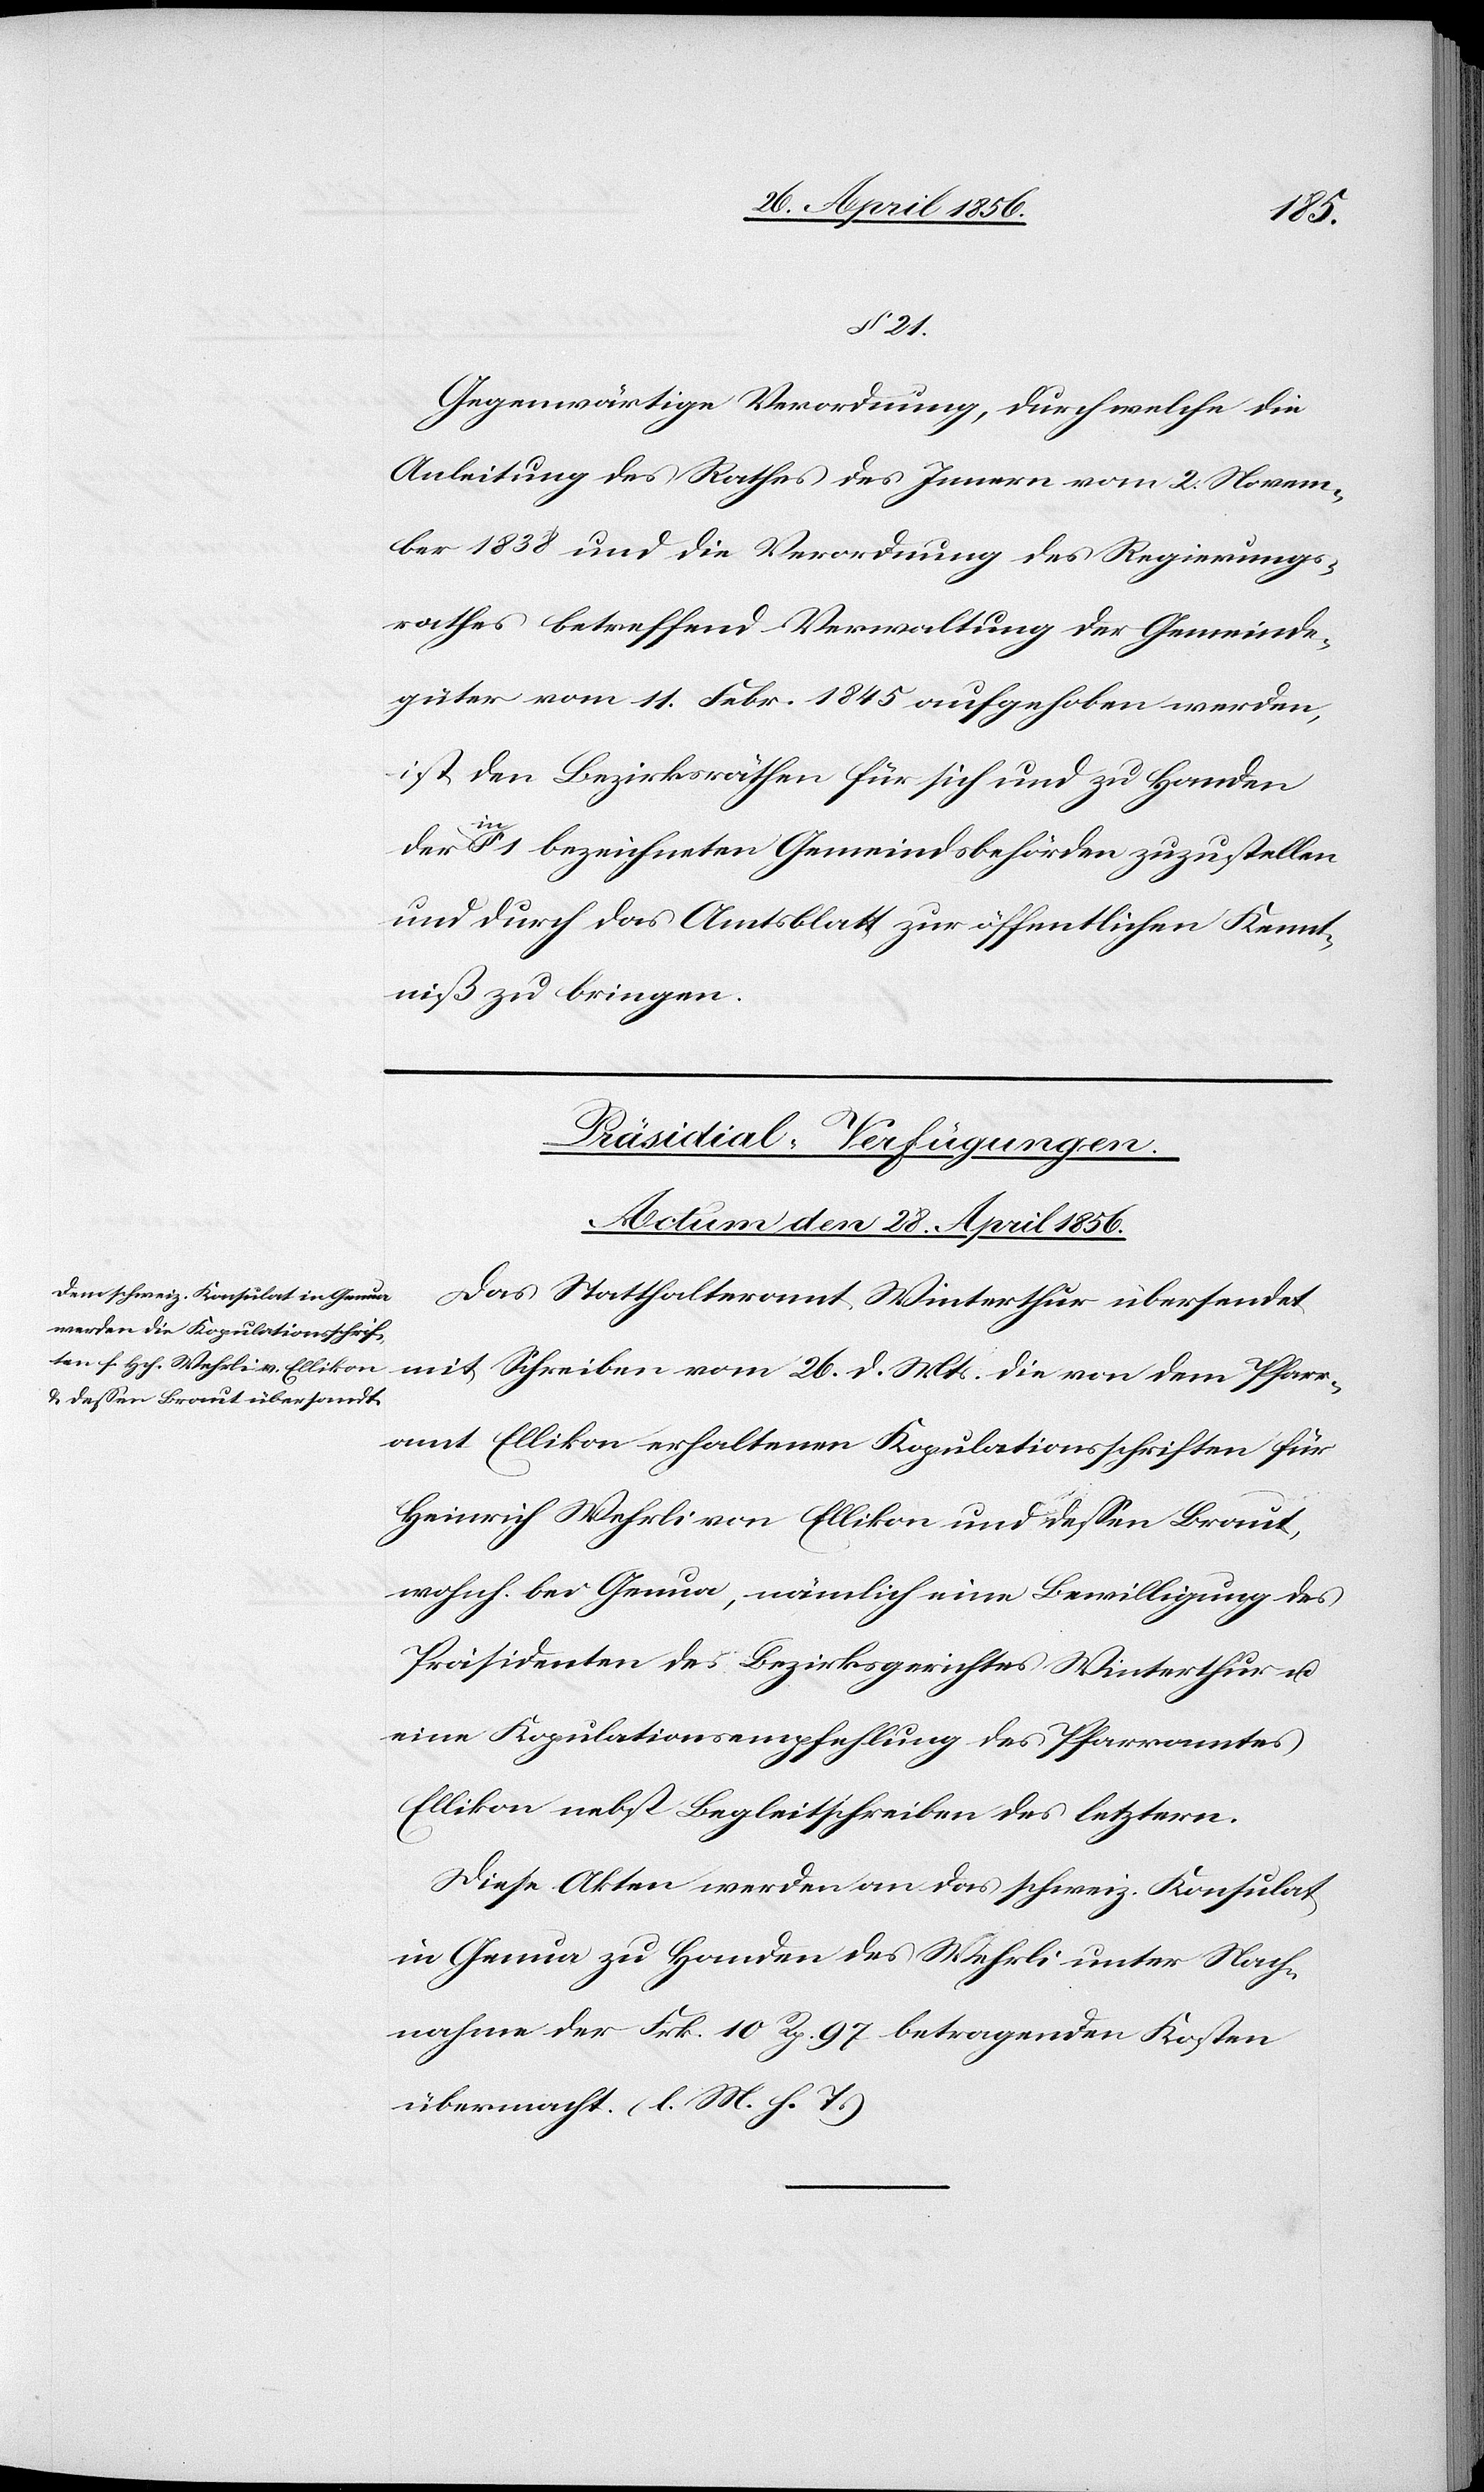
§ 21.
Gegenwärtige Verordnung, durch welche die
Anleitung des Rathes des Innern vom 2. Novem¬
ber 1838 und die Verordnung des Regierungs¬
rathes betreffend Verwaltung der Gemeinde¬
güter vom 11. Febr. 1845 aufgehoben werden,
ist den Bezirksräthen für sich und zu Handen
der
§ 1 bezeichneten Gemeindsbehörden zuzustellen
und durch das Amtsblatt zur öffentlichen Kennt¬
niß zu bringen.
Präsidial-Verfügungen.
Actum den 28. April 1856.
Das Statthalteramt Winterthur übersendet
mit Schreiben vom 26. d. Mts. die von dem Pfarr¬
amt Ellikon erhaltenen Kopulationsschriften für
Heinrich Wehrli von Ellikon und dessen Braut,
wohnh. bei Genua, nämlich eine Bewilligung des
Präsidenten des Bezirksgerichtes Winterthur u.
eine Kopulationsempfehlung des Pfarramtes
Ellikon nebst Begleitschreiben des letztern.
Diese Akten werden an das schweiz. Konsulat
in Genua zu Handen des Wehrli unter Nach¬
nahme der Frk. 10 Rp. 97 betragenden Kosten
übermacht. (l. M. h. T.)